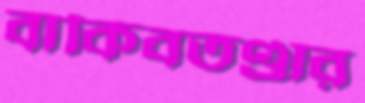
বাকিবতণ্ডার